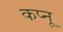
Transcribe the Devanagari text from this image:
कप्नू